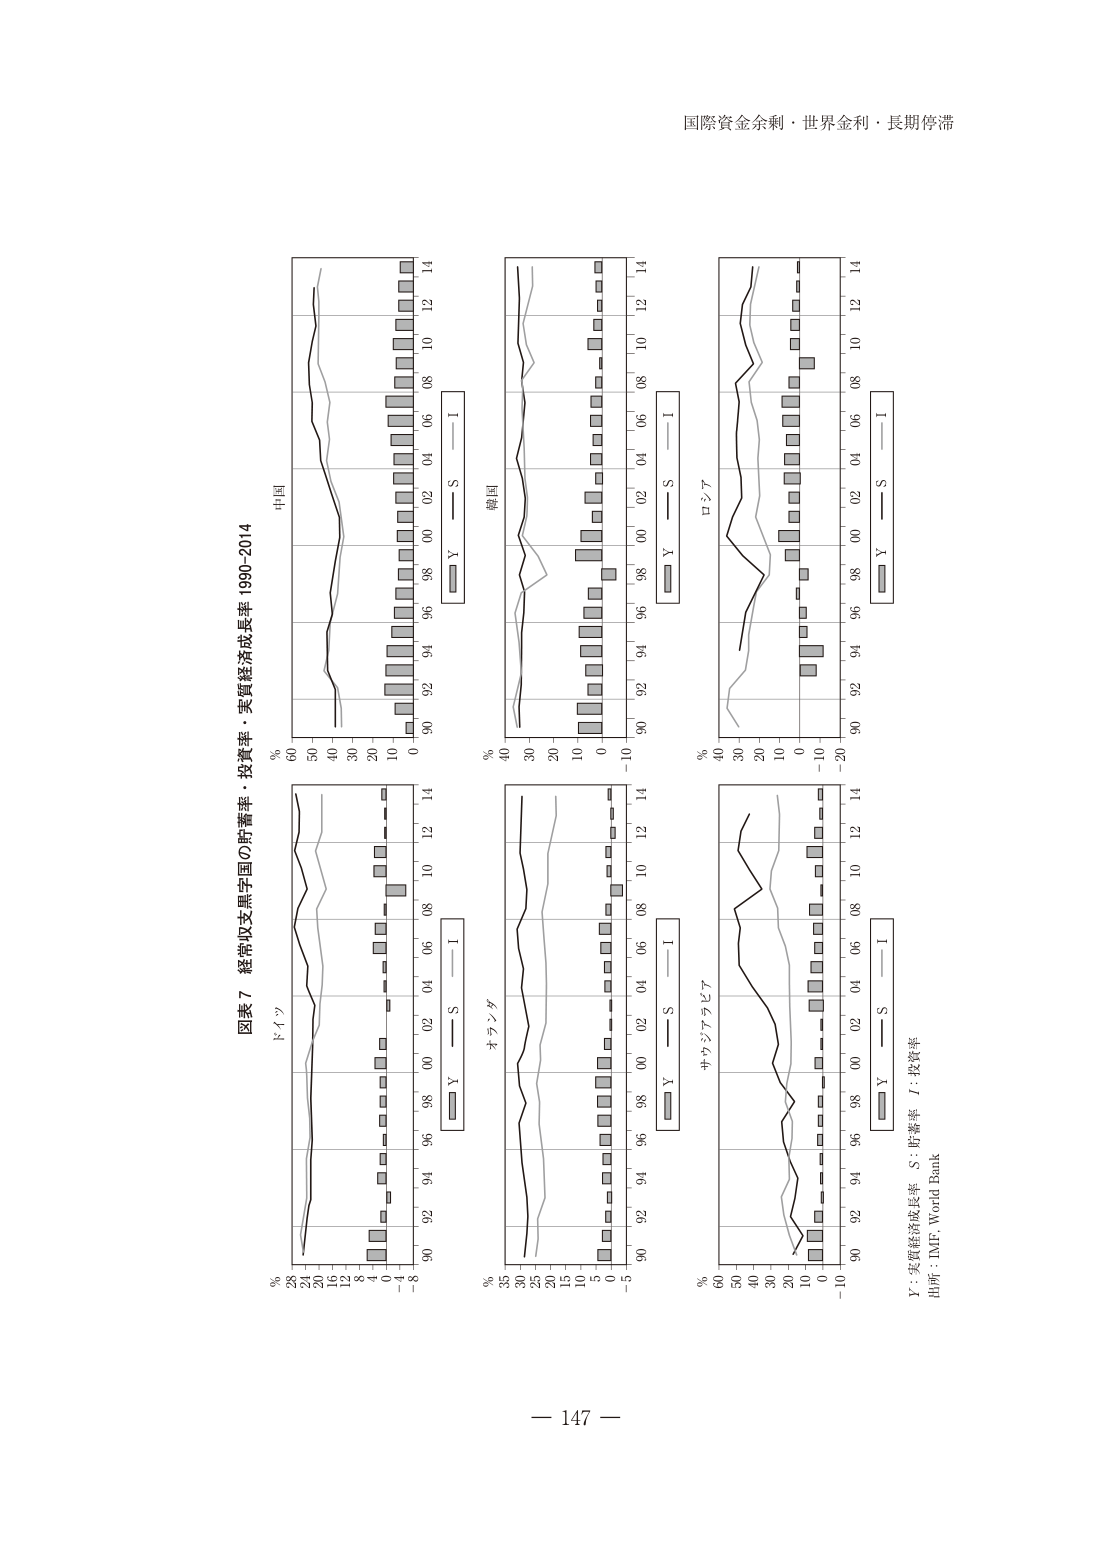
国際資金余剰・世界金利・長期停滞

図表７ 経常収支黒字国の貯蓄率・投資率・実質経済成長率 1990-2014

中国
% 60 50 40 30 20 10 0
90 92 94 96 98 00 02 04 06 08 10 12 14
Y — S — I

ドイツ
% 28 26 24 22 20 18 16 14 12 10 8 6 4 2 0 -2 -4 -6
90 92 94 96 98 00 02 04 06 08 10 12 14
Y — S — I

韓国
% 40 30 20 10 0 -10
90 92 94 96 98 00 02 04 06 08 10 12 14
Y — S — I

オランダ
% 35 30 25 20 15 10 5 0 -5
90 92 94 96 98 00 02 04 06 08 10 12 14
Y — S — I

ロシア
% 40 30 20 10 0 -10 -20
90 92 94 96 98 00 02 04 06 08 10 12 14
Y — S — I

サウジアラビア
% 60 50 40 30 20 10 0 -10
90 92 94 96 98 00 02 04 06 08 10 12 14
Y — S — I

Y：実質経済成長率 S：貯蓄率 I：投資率
出所：IMF, World Bank

— 147 —